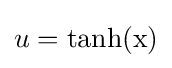
u=\mathrm {tanh(x)}